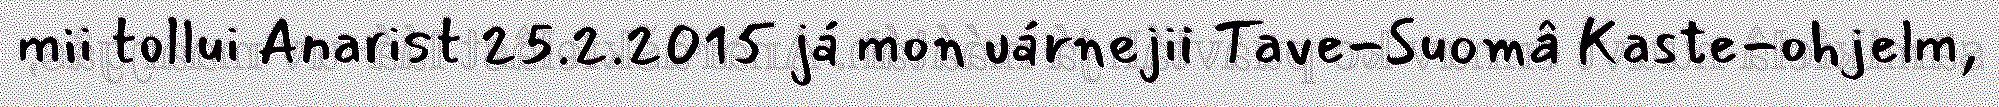
mii tollui Anarist 25.2.2015 já mon uárnejii Tave-Suomâ Kaste-ohjelm,